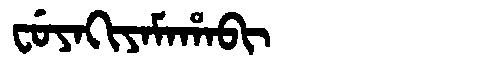
Manchu: ᠸᡠᠶᠠᡴᡳᠶᠠᠮᠠᡥᠠᠪᡳ
Romanization: FUYAKIYAMAHABI